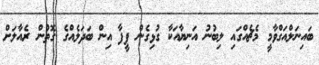
ބައިނަލްއަގްވާމީ މެޗެއްގައި ލިބުނު އަނިޔާއަކާ ގުޅިގެން ފީފާ އިން ބަދަލެއްގެ ގޮތުން ރެއާލަށް